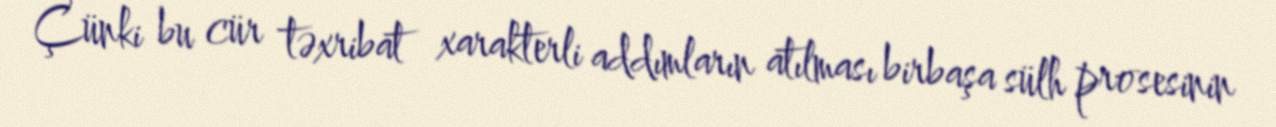
Çünki bu cür təxribat xarakterli addımların atılması birbaşa sülh prosesinin